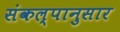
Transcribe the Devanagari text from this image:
संकल्पानुसार